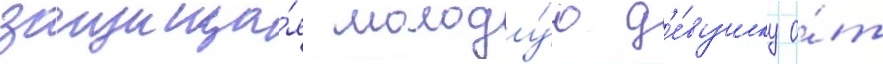
защища́я молоду́ю д'е́вушку о́т